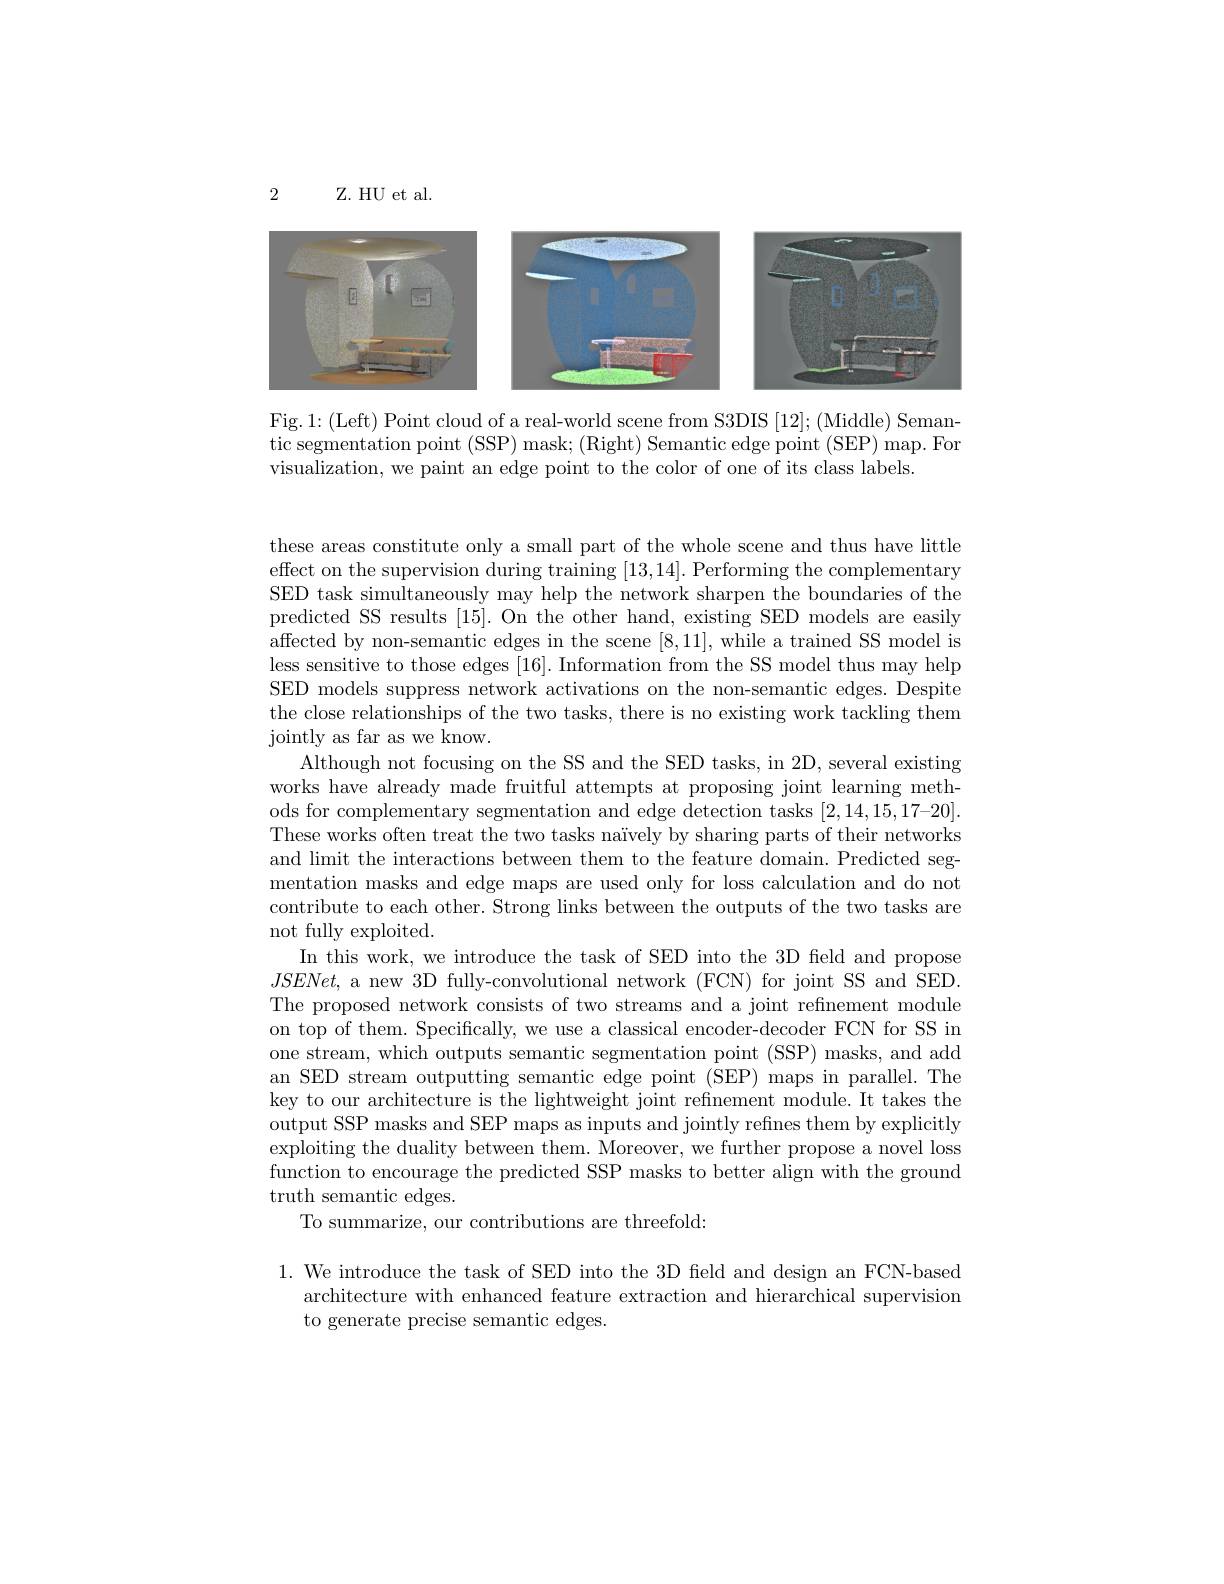
2

Z. HU et al

<FigureHere>

Fig.1:(Left) Point cloud of a real-world scene from S3DIS [12];(Middle) Semantic segmentation point (SSP) mask; (Right) Semantic edge point (SEP) map. For visualization, we paint an edge point to the color of one of its class labels.

these areas constitute only a small part of the whole scene and thus have little effect on the supervision during training [13,14]. Performing the complementary SED task simultaneously may help the network sharpen the boundaries of the predicted SS results [15]. On the other hand, existing SED models are easily affected by non-semantic edges in the scene [8,11],while a trained SS model is less sensitive to those edges [16]. Information from the SS model thus may help SED models suppress network activations on the non-semantic edges. Despite the close relationships of the two tasks, there is no existing work tackling them ${\mathrm{jointly~as~far~as~we~know.}}$
Although not focusing on the SS and the SED tasks, in 2D, several existing works have already made fruitful attempts at proposing joint learning methods for complementary segmentation and edge detection tasks $[2,14,15,17–20].$ These works often treat the two tasks naïvely by sharing parts of their networks and limit the interactions between them to the feature domain. Predicted segmentation masks and edge maps are used only for loss calculation and do not contribute to each other. Strong links between the outputs of the two tasks are not fully exploited.
In this work, we introduce the task of SED into the 3D feld and propose $JSENet$, a new 3D fully-convolutional network (FCN) for joint SS and SED. The proposed network consists of two streams and a joint refinement module on top of them. Specifically, we use a classical encoder-decoder FCN for SS in one stream, which outputs semantic segmentation point (SSP) masks, and add an SED stream outputting semantic edge point (SEP) maps in parallel. The key to our architecture is the lightweight joint refnement module. It takes the output SSP masks and SEP maps as inputs and jointly refnes them by explicitly exploiting the duality between them. Moreover, we further propose a novel loss function to encourage the predicted SSP masks to better align with the ground truth semantic edges.
To summarize, our contributions are threefold:

$1.{\text{ We introduce the task of SED into the 3D field and design an FCN-based}}$
architecture with enhanced feature extraction and hierarchical supervision
to generate precise semantic edges.